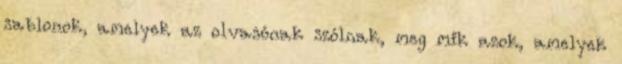
sablonok, amelyek az olvasónak szólnak, meg mik azok, amelyek